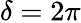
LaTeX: \delta=2\pi